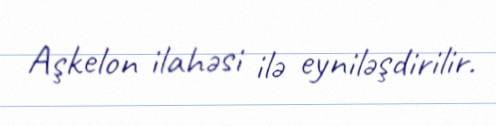
Aşkelon ilahəsi ilə eyniləşdirilir.